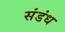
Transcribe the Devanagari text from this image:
संडंध